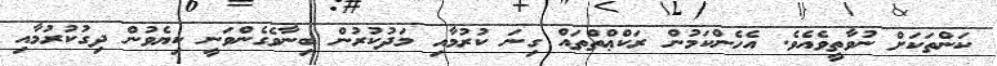
ކަންތަކަށް ނުވާތީވެއެވެ. އެހެންކަމުން ރަކްޢްތްތައް ގިނަ ކުރުމާއި މަދުކުރުން ބިނާވެގެންވަނީ ކިޔެވުން ދިގުކުރުމާއި